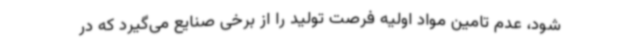
شود، عدم تامین مواد اولیه فرصت تولید را از برخی صنایع می‌گیرد که در